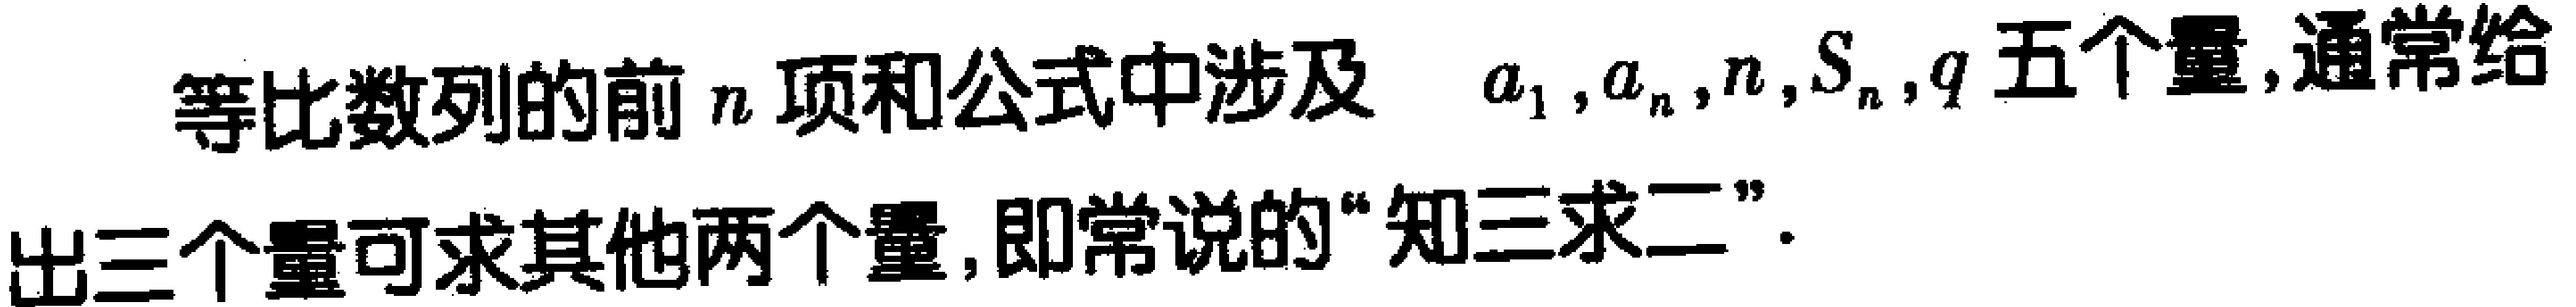
等比数列的前\(n\)项和公式中涉及\(a_{1},a_{n},n,S_{n},q\)五个量,通常给出三个量可求其他两个量,即常说的“知三求二”.